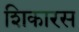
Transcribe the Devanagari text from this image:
शिकारस